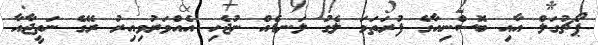
ޕޯޗުގަލް އާއި ބޮސްނިއާގެ ފުރަތަމަ ލެގު ލަނޑެއް ނުޖެހި އެއްވަރުވިއިރު ރޭގެ ނަތީޖާއާ